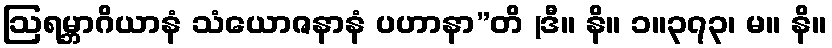
ဩရမ္ဘာဂိယာနံ သံယောဇနာနံ ပဟာနာ”တိ (ဒီ။ နိ။ ၁။၃၇၃၊ မ။ နိ။